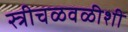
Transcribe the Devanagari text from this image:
स्त्रीचळवळीशी